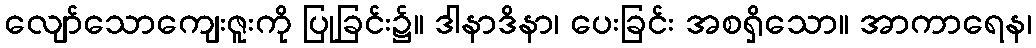
လျော်သောကျေးဇူးကို ပြုခြင်း၌။ ဒါနာဒိနာ၊ ပေးခြင်း အစရှိသော။ အာကာရေန၊